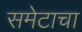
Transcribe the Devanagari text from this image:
समेटाचा